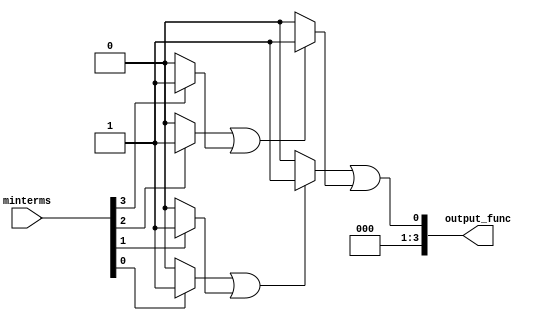
module PrimeImplicant (
    input [3:0] minterms, // 4-bit input for minterms (e.g., 0-15)
    output reg [3:0] output_func // 4-bit output for simplified function
);

// Internal signals
reg [15:0] implicants; // Store implicants
reg [15:0] essential_implicants; // Store essential implicants

// Function to generate implicants based on minterms
always @(*) begin
    implicants = 0; // Reset implicants
    // Example: Generate implicants based on minterms
    // This is a simplified example; a full implementation would require a more complex algorithm
    if (minterms[0]) implicants[0] = 1; // m0
    if (minterms[1]) implicants[1] = 1; // m1
    if (minterms[2]) implicants[2] = 1; // m2
    if (minterms[3]) implicants[3] = 1; // m3
    if (minterms[4]) implicants[4] = 1; // m4
    if (minterms[5]) implicants[5] = 1; // m5
    if (minterms[6]) implicants[6] = 1; // m6
    if (minterms[7]) implicants[7] = 1; // m7
    if (minterms[8]) implicants[8] = 1; // m8
    if (minterms[9]) implicants[9] = 1; // m9
    if (minterms[10]) implicants[10] = 1; // m10
    if (minterms[11]) implicants[11] = 1; // m11
    if (minterms[12]) implicants[12] = 1; // m12
    if (minterms[13]) implicants[13] = 1; // m13
    if (minterms[14]) implicants[14] = 1; // m14
    if (minterms[15]) implicants[15] = 1; // m15
end

// Function to select essential prime implicants
always @(*) begin
    essential_implicants = 0; // Reset essential implicants
    // Example selection logic (this is a placeholder)
    // In a real implementation, you would analyze the implicants to find essential ones
    if (implicants[0] || implicants[1]) essential_implicants[0] = 1; // Example logic
    if (implicants[2] || implicants[3]) essential_implicants[1] = 1; // Example logic
    // Continue for other implicants...
end

// Output logic to combine essential prime implicants
always @(*) begin
    output_func = 0; // Reset output
    // Combine essential implicants to form the final output function
    output_func = essential_implicants[0] | essential_implicants[1] | 
                  essential_implicants[2] | essential_implicants[3]; // Example logic
end

endmodule